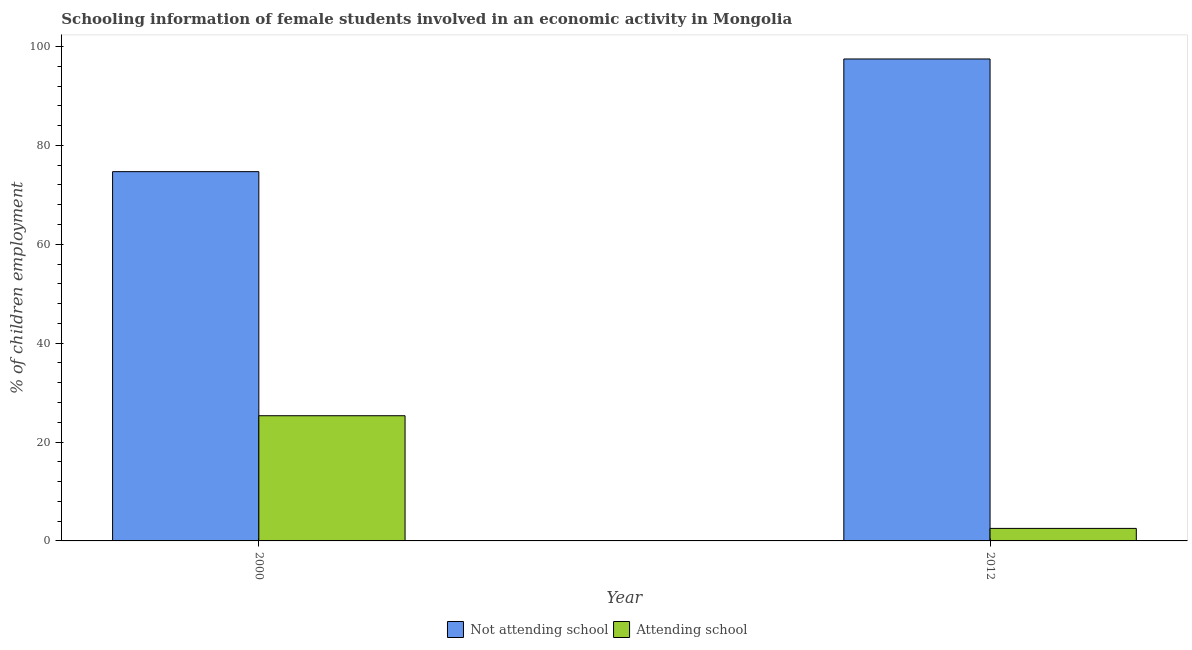
| Year | Not attending school | Attending school |
 | --- | --- | --- |
 | 2000 | 74.7 | 25.3 |
 | 2012 | 97.5 | 2.53 |